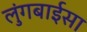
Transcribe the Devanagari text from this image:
लुंगबाईसा